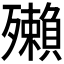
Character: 𰚂